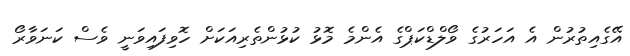
އޭގެއިތުރުން އެ އަހަރުގެ ވޯލްޑްކަޕްގެ އެންމެ މޮޅު ކުޅުންތެރިއަކަށް ހޮވިފައިވަނީ ވެސް ކަނަވާރޯ